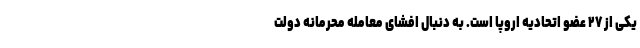
یکی از ۲۷ عضو اتحادیه اروپا است. به دنبال افشای معامله محرمانه دولت